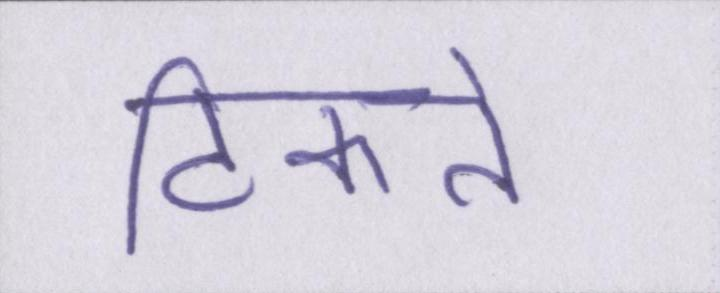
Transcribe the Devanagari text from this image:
टिकते